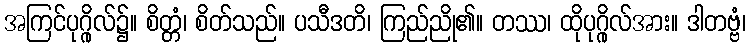
အကြင်ပုဂ္ဂိုလ်၌။ စိတ္တံ၊ စိတ်သည်။ ပသီဒတိ၊ ကြည်ညို၏။ တဿ၊ ထိုပုဂ္ဂိုလ်အား။ ဒါတဗ္ဗံ၊